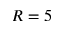
R = 5